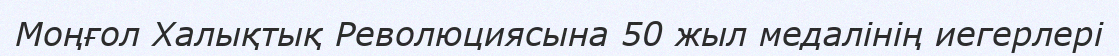
Моңғол Халықтық Революциясына 50 жыл медалінің иегерлері